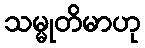
သမ္မုတိမာဟု